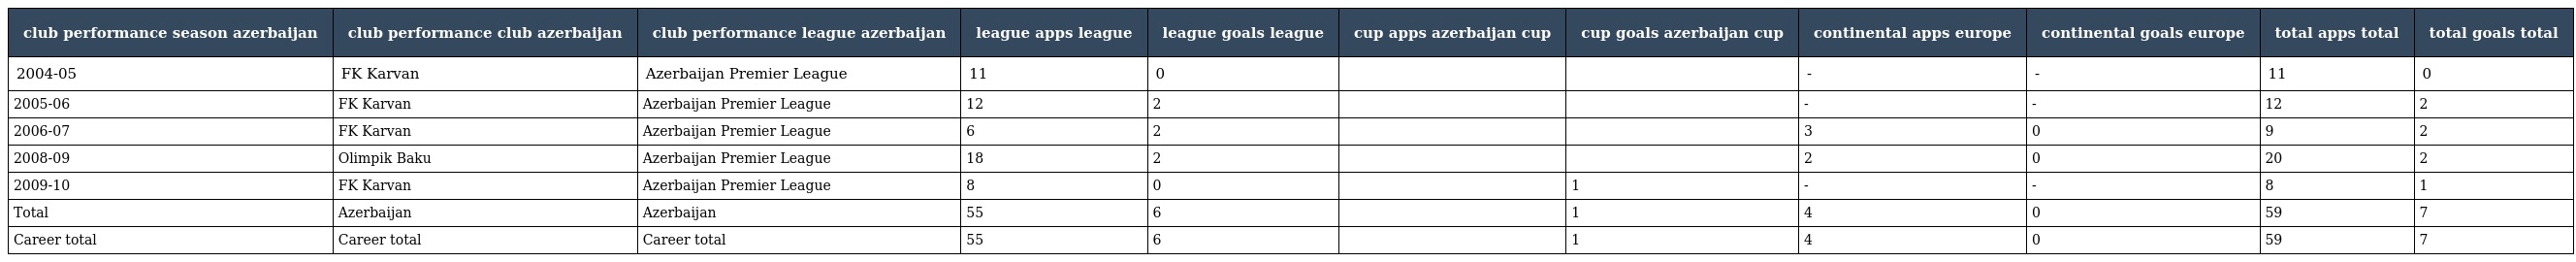
| club performance season azerbaijan | club performance club azerbaijan | club performance league azerbaijan | league apps league | league goals league | cup apps azerbaijan cup | cup goals azerbaijan cup | continental apps europe | continental goals europe | total apps total | total goals total |
 | --- | --- | --- | --- | --- | --- | --- | --- | --- | --- | --- |
 | 2004-05 | FK Karvan | Azerbaijan Premier League | 11 | 0 |  |  | - | - | 11 | 0 |
 | 2005-06 | FK Karvan | Azerbaijan Premier League | 12 | 2 |  |  | - | - | 12 | 2 |
 | 2006-07 | FK Karvan | Azerbaijan Premier League | 6 | 2 |  |  | 3 | 0 | 9 | 2 |
 | 2008-09 | Olimpik Baku | Azerbaijan Premier League | 18 | 2 |  |  | 2 | 0 | 20 | 2 |
 | 2009-10 | FK Karvan | Azerbaijan Premier League | 8 | 0 |  | 1 | - | - | 8 | 1 |
 | Total | Azerbaijan | Azerbaijan | 55 | 6 |  | 1 | 4 | 0 | 59 | 7 |
 | Career total | Career total | Career total | 55 | 6 |  | 1 | 4 | 0 | 59 | 7 |